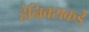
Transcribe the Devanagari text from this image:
हेन्रिक्सकडे